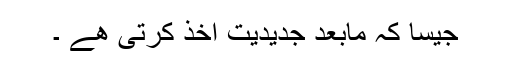
جیسا کہ مابعد جدیدیت اخذ کرتی ھے ۔